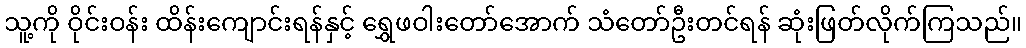
သူ့ကို ဝိုင်းဝန်း ထိန်းကျောင်းရန်နှင့် ရွှေဖဝါးတော်အောက် သံတော်ဦးတင်ရန် ဆုံးဖြတ်လိုက်ကြသည်။